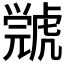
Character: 𧇳